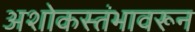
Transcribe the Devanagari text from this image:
अशोकस्तंभावरून